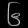
Digit: ၆